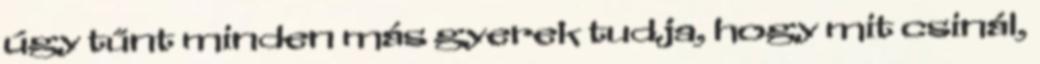
úgy tűnt minden más gyerek tudja, hogy mit csinál,